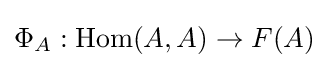
\Phi _{A}:\mathrm {Hom} (A,A)\to F(A)